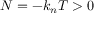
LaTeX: N = - k _ { n } T > 0